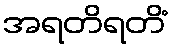
အရတိရတိံ